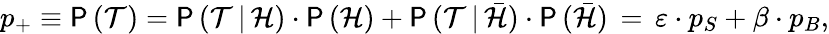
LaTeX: p_{+}\equiv\mathsf{P}\, (\mathcal{T})=\mathsf{P}\, (\mathcal{T}\, |\, \mathcal{H})\cdot\mathsf{P}\, (\mathcal{H})+\mathsf{P}\, (\mathcal{T}\, |\, \bar{\mathcal{H}})\cdot\mathsf{P}\, (\bar{\mathcal{H}})\, =\, \varepsilon\cdot p_{S}+\beta\cdot p_{B},